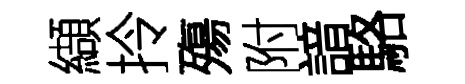
纈拎殤附諳駱